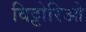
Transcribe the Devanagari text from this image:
विट्टोरिओ